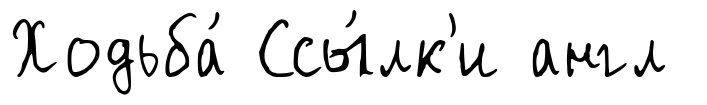
Ходьба́ Ссы́лк'и англ